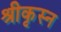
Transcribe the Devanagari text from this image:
श्रीकृस्‍न